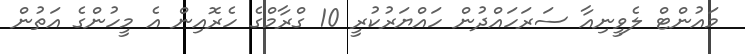
މައުންޓް ލެވީނިއާ ސަރަހައްދުން ހައްޔަރުކުރީ 10 ގްރާމްގެ ހެރޮއިން އެ މީހުންގެ އަތުން